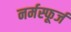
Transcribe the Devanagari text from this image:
नर्मस्फूर्ज